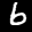
Label: 6